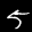
Label: 5